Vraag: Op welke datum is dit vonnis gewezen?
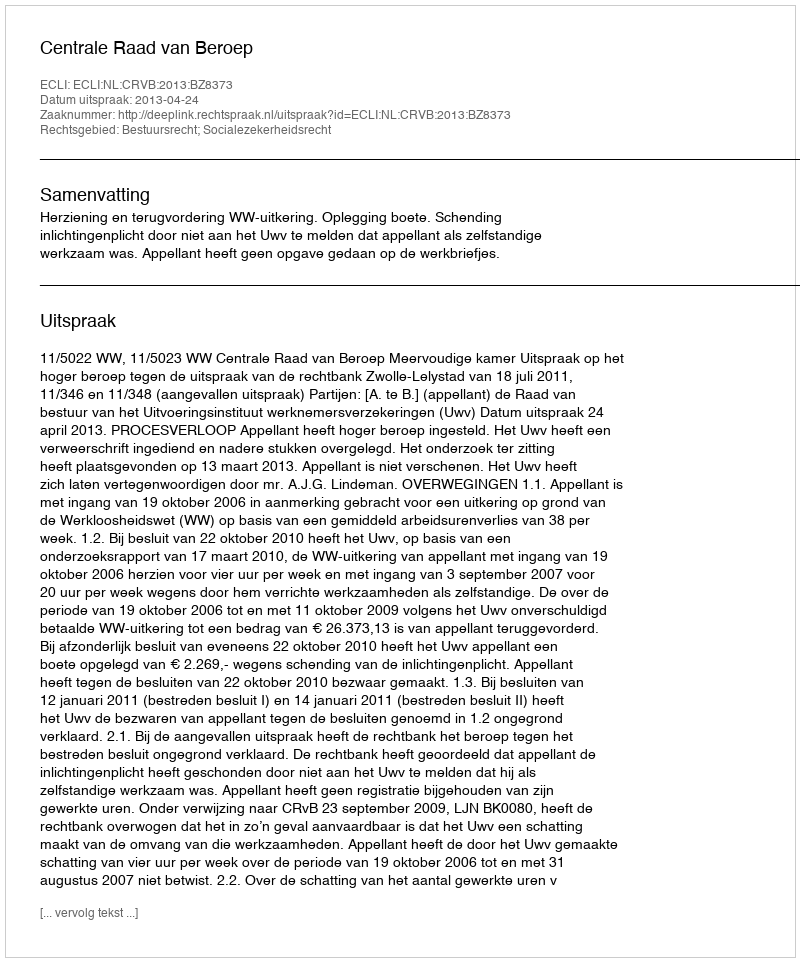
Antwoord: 2013-04-24